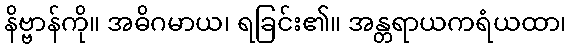
နိဗ္ဗာန်ကို။ အဓိဂမာယ၊ ရခြင်း၏။ အန္တရာယကရံယထာ၊